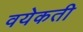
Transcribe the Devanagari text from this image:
वयेकती